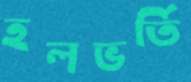
হলভর্তি